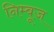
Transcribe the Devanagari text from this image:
निम्बूज